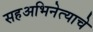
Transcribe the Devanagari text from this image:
सहअभिनेत्याचे